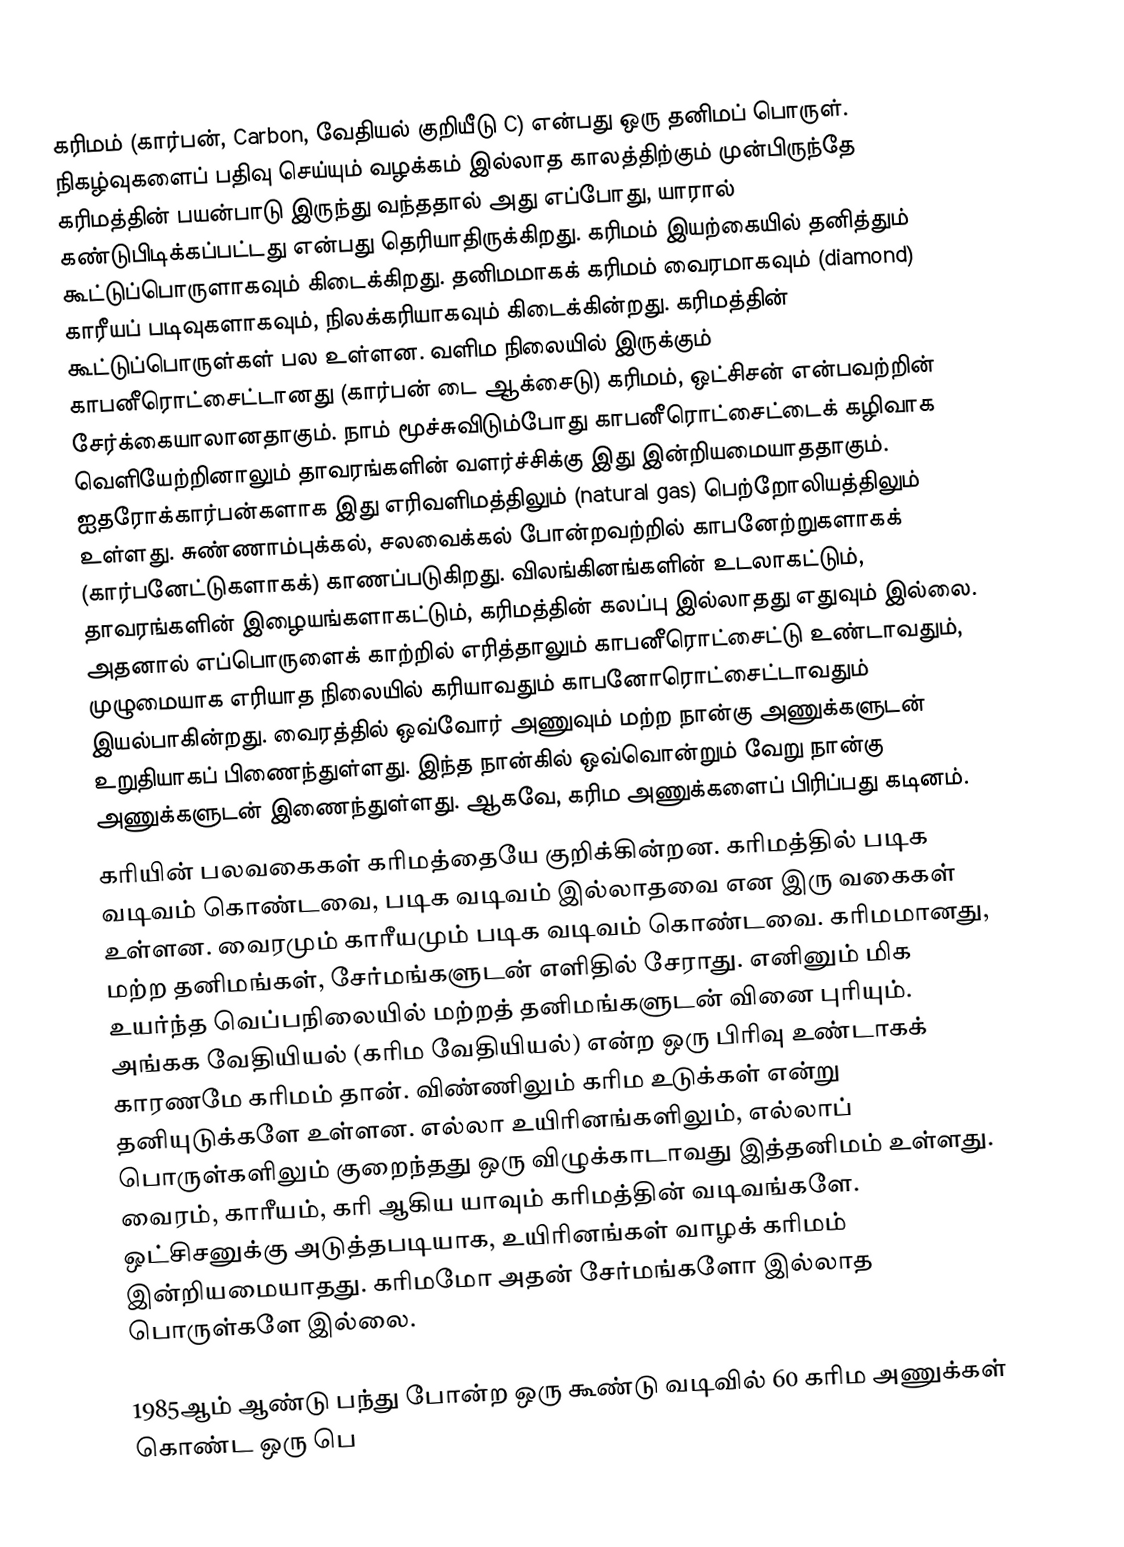
கரிமம் (கார்பன், Carbon, வேதியல் குறியீடு C) என்பது ஒரு தனிமப் பொருள். நிகழ்வுகளைப் பதிவு செய்யும் வழக்கம் இல்லாத காலத்திற்கும் முன்பிருந்தே கரிமத்தின் பயன்பாடு இருந்து வந்ததால் அது எப்போது, யாரால் கண்டுபிடிக்கப்பட்டது என்பது தெரியாதிருக்கிறது. கரிமம் இயற்கையில் தனித்தும் கூட்டுப்பொருளாகவும் கிடைக்கிறது. தனிமமாகக் கரிமம் வைரமாகவும் (diamond) காரீயப் படிவுகளாகவும், நிலக்கரியாகவும் கிடைக்கின்றது. கரிமத்தின் கூட்டுப்பொருள்கள் பல உள்ளன. வளிம நிலையில் இருக்கும் காபனீரொட்சைட்டானது (கார்பன் டை ஆக்சைடு) கரிமம், ஒட்சிசன் என்பவற்றின் சேர்க்கையாலானதாகும். நாம் மூச்சுவிடும்போது காபனீரொட்சைட்டைக் கழிவாக வெளியேற்றினாலும் தாவரங்களின் வளர்ச்சிக்கு இது இன்றியமையாததாகும். ஐதரோக்கார்பன்களாக இது எரிவளிமத்திலும் (natural gas) பெற்றோலியத்திலும் உள்ளது. சுண்ணாம்புக்கல், சலவைக்கல் போன்றவற்றில் காபனேற்றுகளாகக் (கார்பனேட்டுகளாகக்) காணப்படுகிறது.  விலங்கினங்களின் உடலாகட்டும், தாவரங்களின் இழையங்களாகட்டும், கரிமத்தின் கலப்பு இல்லாதது எதுவும் இல்லை. அதனால் எப்பொருளைக் காற்றில் எரித்தாலும் காபனீரொட்சைட்டு உண்டாவதும், முழுமையாக எரியாத நிலையில் கரியாவதும் காபனோரொட்சைட்டாவதும் இயல்பாகின்றது. வைரத்தில் ஒவ்வோர் அணுவும் மற்ற நான்கு அணுக்களுடன் உறுதியாகப் பிணைந்துள்ளது. இந்த நான்கில் ஒவ்வொன்றும் வேறு நான்கு அணுக்களுடன் இணைந்துள்ளது. ஆகவே, கரிம அணுக்களைப் பிரிப்பது கடினம்.
கரியின் பலவகைகள் கரிமத்தையே குறிக்கின்றன.  கரிமத்தில் படிக வடிவம் கொண்டவை, படிக வடிவம் இல்லாதவை என இரு வகைகள் உள்ளன. வைரமும் காரீயமும் படிக வடிவம் கொண்டவை. கரிமமானது, மற்ற தனிமங்கள், சேர்மங்களுடன் எளிதில் சேராது. எனினும் மிக உயர்ந்த வெப்பநிலையில் மற்றத் தனிமங்களுடன் வினை புரியும். அங்கக வேதியியல் (கரிம வேதியியல்) என்ற ஒரு பிரிவு உண்டாகக் காரணமே கரிமம் தான். விண்ணிலும் கரிம உடுக்கள் என்று தனியுடுக்களே உள்ளன. எல்லா உயிரினங்களிலும், எல்லாப் பொருள்களிலும் குறைந்தது ஒரு விழுக்காடாவது இத்தனிமம் உள்ளது. வைரம், காரீயம், கரி ஆகிய யாவும் கரிமத்தின் வடிவங்களே. ஒட்சிசனுக்கு அடுத்தபடியாக, உயிரினங்கள் வாழக் கரிமம் இன்றியமையாதது. கரிமமோ அதன் சேர்மங்களோ இல்லாத பொருள்களே இல்லை.

1985ஆம் ஆண்டு பந்து போன்ற ஒரு கூண்டு வடிவில் 60 கரிம அணுக்கள் கொண்ட ஒரு பெ